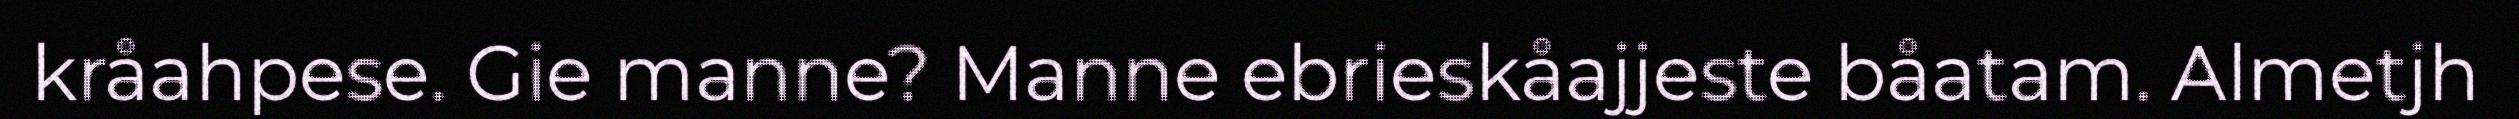
kråahpese. Gie manne? Manne ebrieskåajjeste båatam. Almetjh